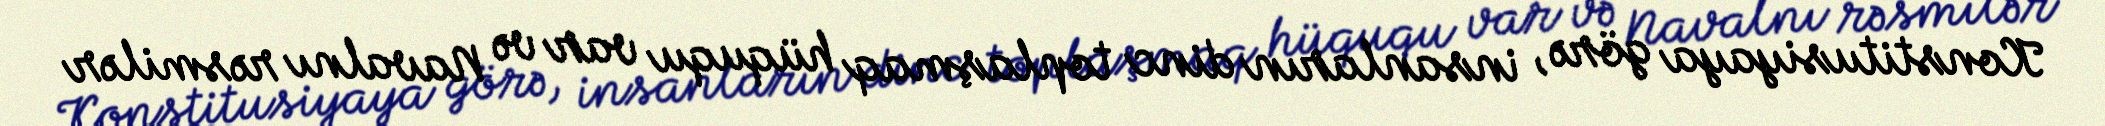
Konstitusiyaya görə, insanların dinc toplaşmaq hüququ var və Navalnı rəsmilər